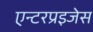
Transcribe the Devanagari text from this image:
एन्टरप्रइजेस